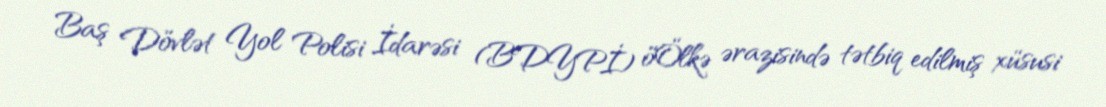
Baş Dövlət Yol Polisi İdarəsi (BDYPİ) öÖlkə ərazisində tətbiq edilmiş xüsusi